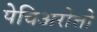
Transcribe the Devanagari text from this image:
पेचिअरोत्तो